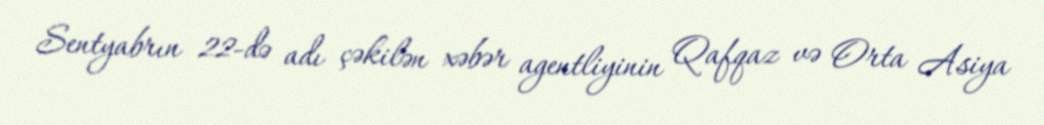
Sentyabrın 22-də adı çəkilən xəbər agentliyinin Qafqaz və Orta Asiya